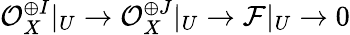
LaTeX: {\mathcal{O}}_{X}^{\oplus I}|_{U}\to{\mathcal{O}}_{X}^{\oplus J}|_{U}\to{\mathcal{F}}|_{U}\to 0